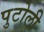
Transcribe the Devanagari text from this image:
पुटोली